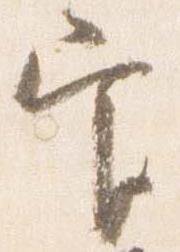
官